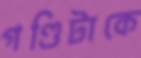
গণ্ডিটাকে